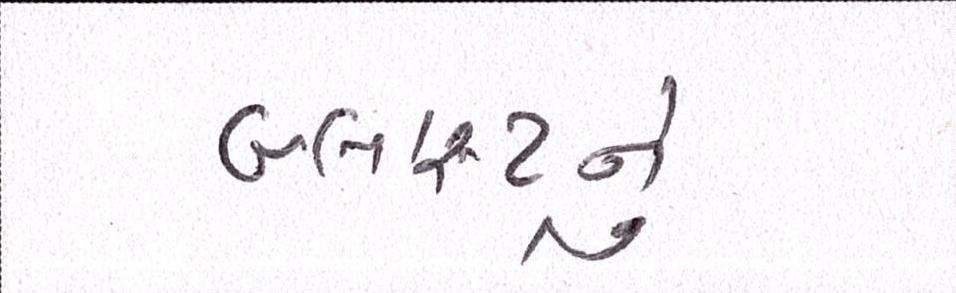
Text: બ્લાસ્ટનું